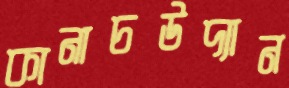
কানাচউদ্যান